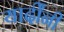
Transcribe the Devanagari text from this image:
यार्दींनी